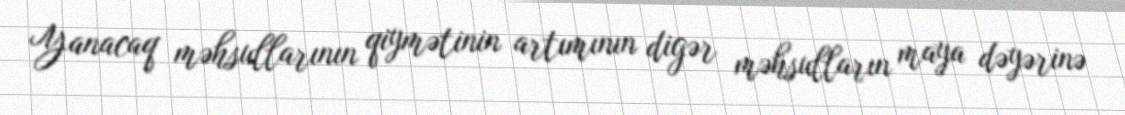
Yanacaq məhsullarının qiymətinin artımının digər məhsulların maya dəyərinə